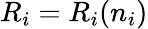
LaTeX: {R}_{i}={R}_{i}(n_{i})